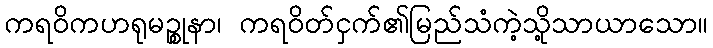
ကရဝိကဟရုမဉ္စုနာ၊ ကရဝိတ်ငှက်၏မြည်သံကဲ့သို့သာယာသော။